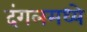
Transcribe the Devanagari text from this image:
दंगलमध्ये